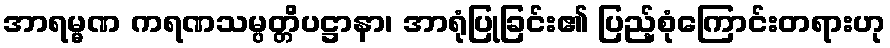
အာရမ္မဏ ကရဏသမ္ပတ္တိပဋ္ဌာနာ၊ အာရုံပြုခြင်း၏ ပြည့်စုံကြောင်းတရားဟု